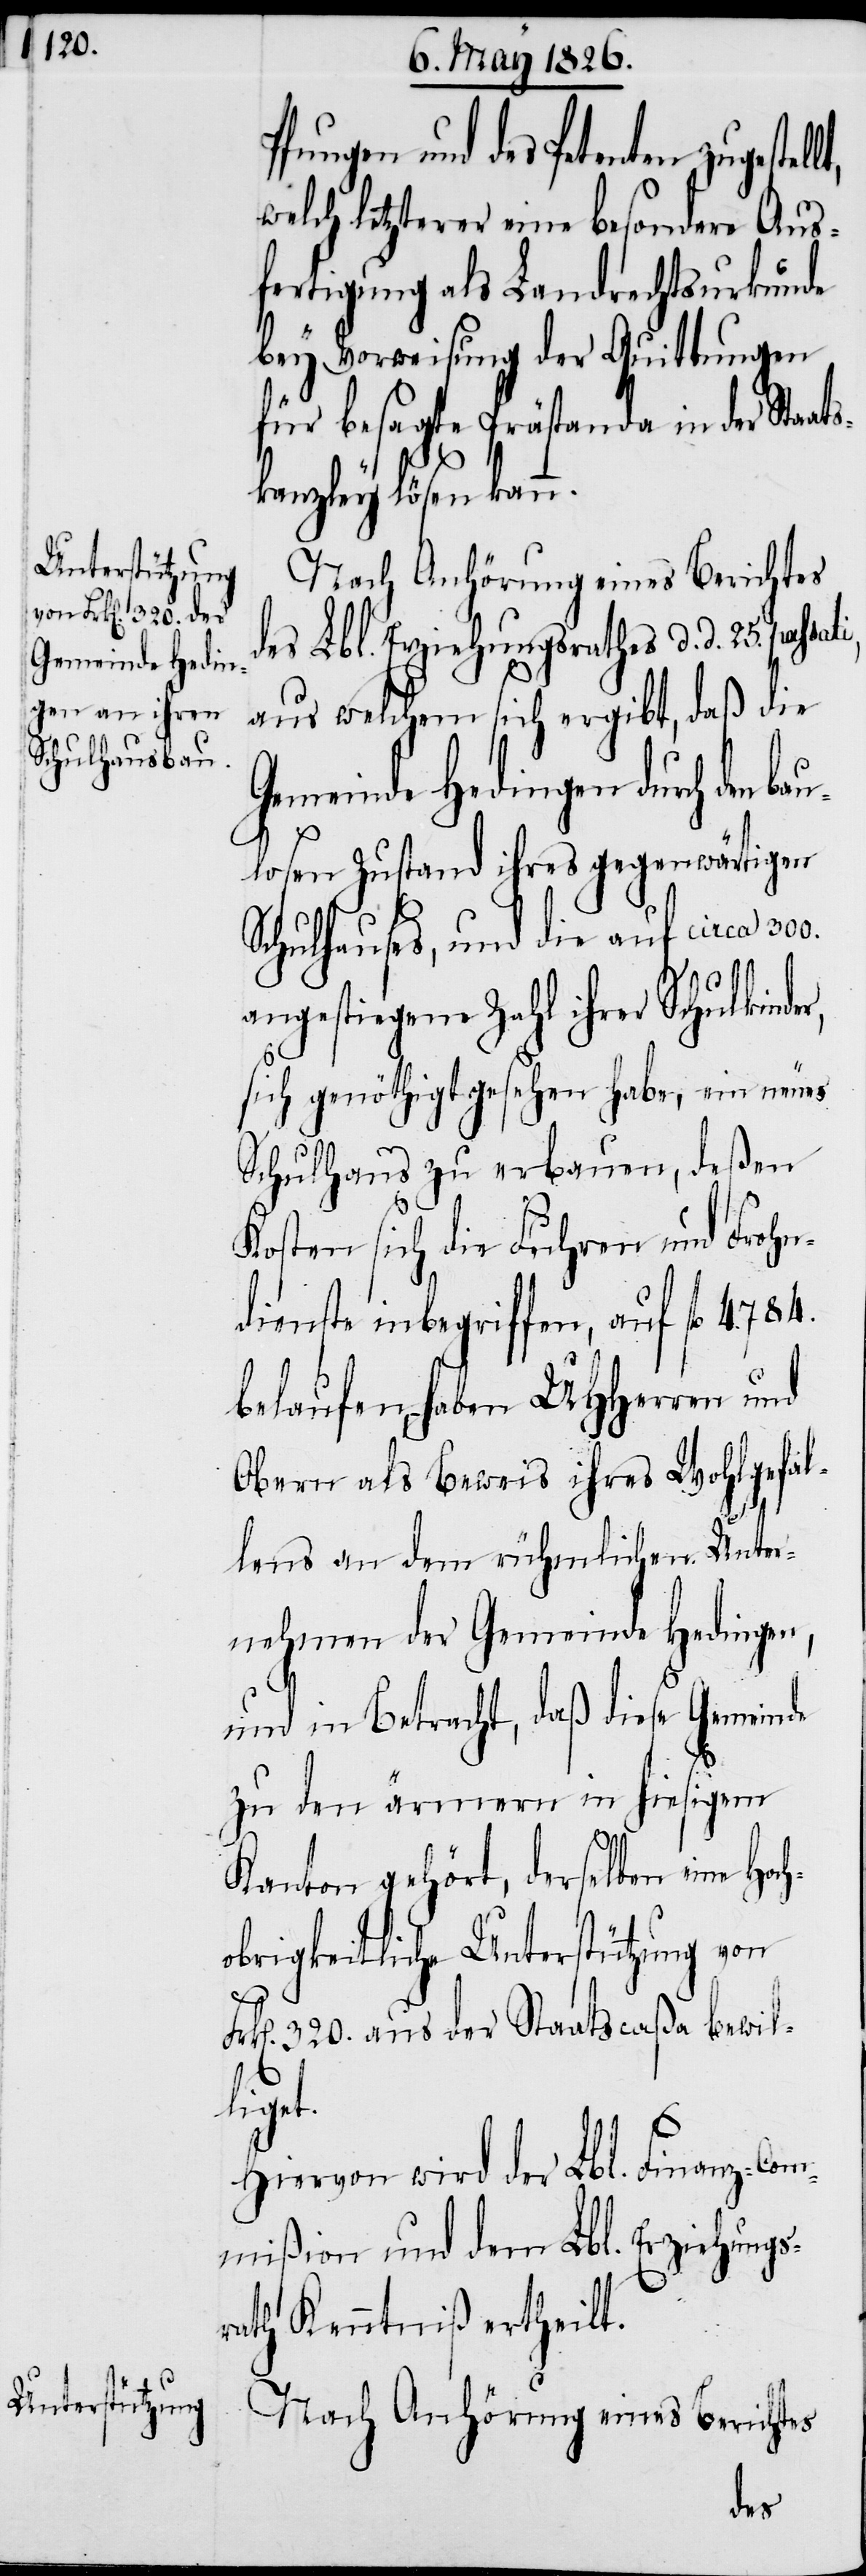
Pfungen und des Petenten
welch letzterer eine besondere Aus¬
fertigung als Landrechtsurkunde
bey Vorweisung der Quittungen
für besagte Prästanda in der Staa¬
tskanzley lösen kann.
Nach Anhörung eines Berichtes
des Lbl. Erziehungsrathes d. d. 25.
aus welchem sich ergibt, daß die
Gemeinde Hedingen durch den ba¬
ulosen Zustand ihres gegenwärtigen
Schulhauses, und die auf circa
angestiegene Zahl ihrer Schulkin¬
sich genöthigt gesehen habe, ein neues
Schulhaus zu erbauen, deßen
Kosten sich die Fuhren und Frohn¬
dienste inbegriffen, auf fl. 4784.
belaufen haben UHHerren und
Obern als Beweis ihres Wohlgefal¬
lens an dem rühmlichen Unter¬
nehmen der Gemeinde Hedingen,
und in Betracht, daß diese Gemeinde
zu den ärmern in hiesigem
Kanton gehört, derselben eine
obrigkeitliche Unterstützung von
k[en]. 320. aus der Staatscaßa bewil¬
et.
Hiervon wird der Lbl. Finanz-Com¬
mißion und dem Lbl. Erziehungsr¬
ath Kenntniß ertheilt.
Nach Anhörung eines Berichtes
Fr¬